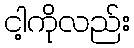
ငါ့ကိုလည်း